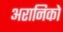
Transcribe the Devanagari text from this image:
अरानिको